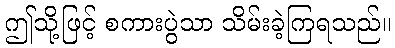
ဤသို့ဖြင့် စကားပွဲသာ သိမ်းခဲ့ကြရသည်။